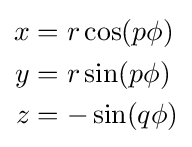
{\begin{aligned}x&=r\cos(p\phi )\\y&=r\sin(p\phi )\\z&=-\sin(q\phi )\end{aligned}}